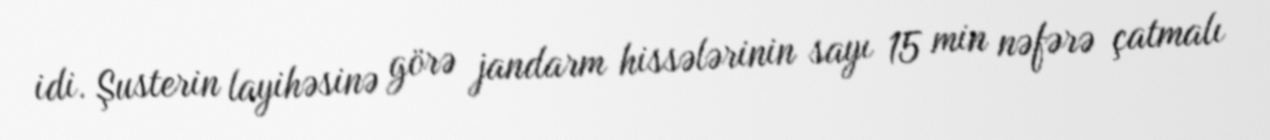
idi. Şusterin layihəsinə görə jandarm hissələrinin sayı 15 min nəfərə çatmalı